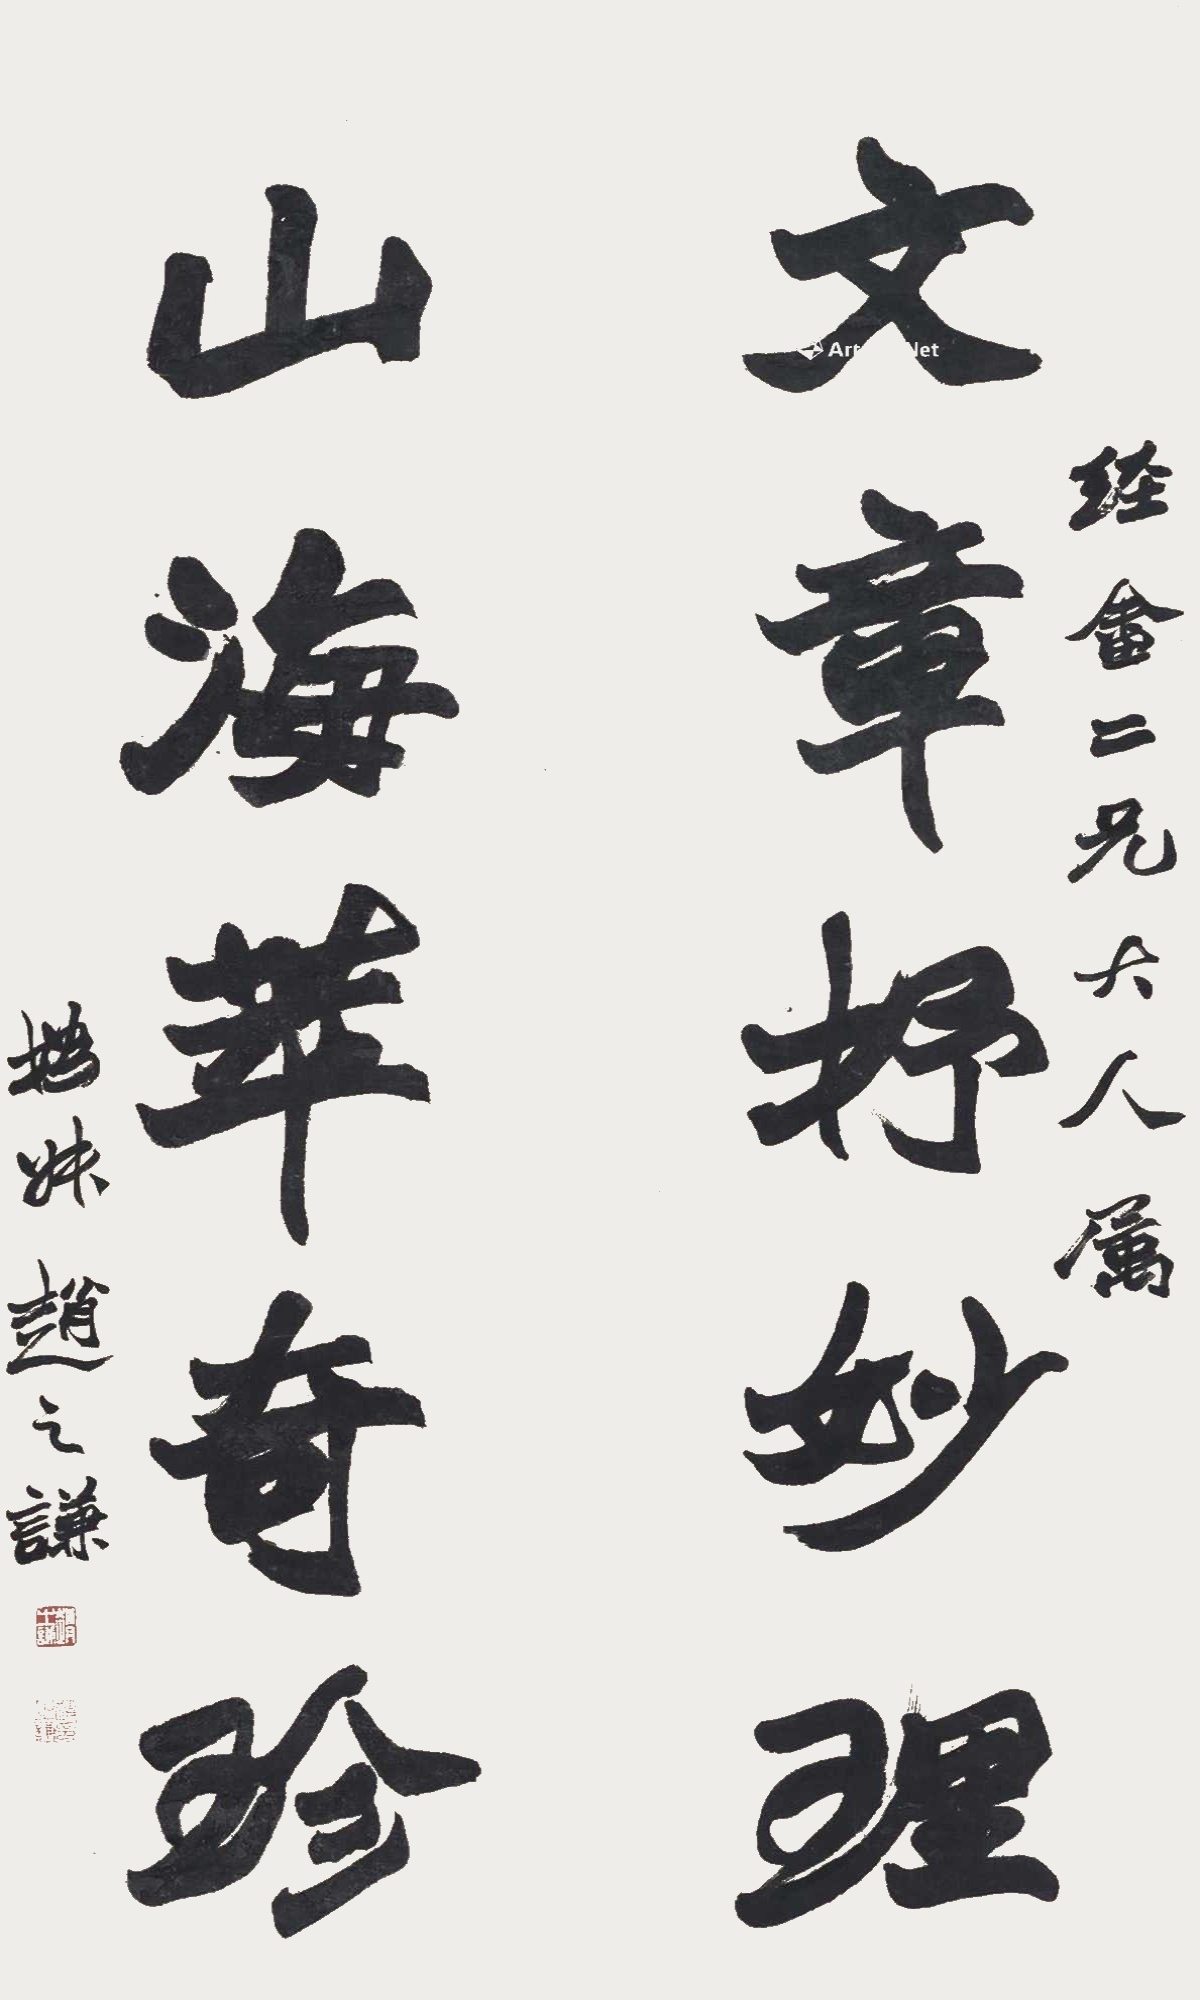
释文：文章抒妙理，山海萃奇珍。经畬二兄大人属，㧑叔赵之谦。